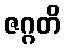
ဇဂ္ဂတိ